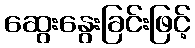
ဆွေးနွေးခြင်းဖြင့်